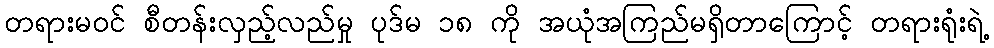
တရားမဝင် စီတန်းလှည့်လည်မှု ပုဒ်မ ၁၈ ကို အယုံအကြည်မရှိတာကြောင့် တရားရုံးရဲ့